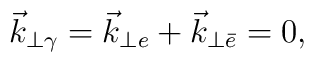
\vec{k}_{\perp\gamma}=\vec{k}_{\perp e}+\vec{k}_{\perp\bar{e}}=0,